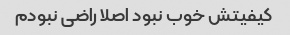
کیفیتش خوب نبود اصلا راضی نبودم